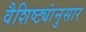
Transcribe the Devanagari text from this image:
वैशिष्ट्यांनुसार